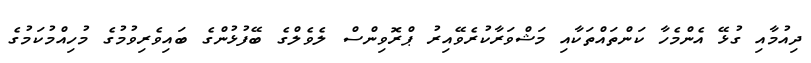
ދިއުމާއި ގުޅޭ އެންމެހާ ކަންތައްތަކާއި މަޝްވަރާކުރެވޭއިރު ޕްރޮވިންސް ލެވެލްގެ ބޭފުޅުންގެ ބައިވެރިވުމުގެ މުހިއްމުކަމުގެ